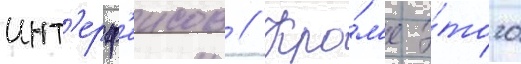
инт'ерф'еисов // Кро́м'е э́того